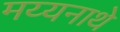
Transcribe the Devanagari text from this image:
मय्यनाथे